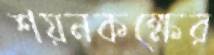
শয়নকক্ষের